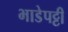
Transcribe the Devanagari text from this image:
भाडेपट्टी